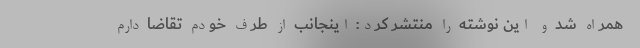
همراه شد و این نوشته را منتشر کرد:‌ اینجانب از طرف خودم تقاضا دارم